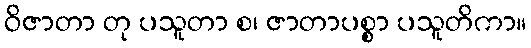
ဝိဇာတာ တု ပသူတာ စ၊ ဇာတာပစ္စာ ပသူတိကာ။